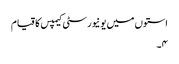
استوں میں یونیورسٹی کیمپس کا قیام
۴۔